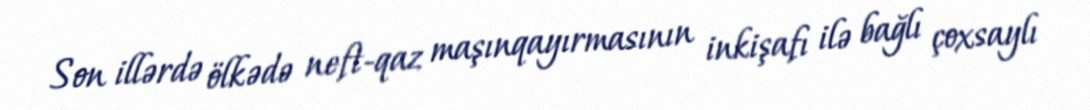
Son illərdə ölkədə neft-qaz maşınqayırmasının inkişafı ilə bağlı çoxsaylı